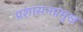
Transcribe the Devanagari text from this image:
प्रशासनप्रमुख